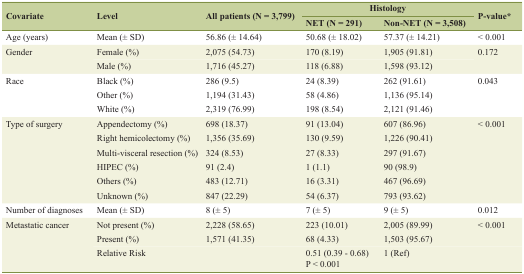
<table><thead><tr><td rowspan="2"><b>Covariate</b></td><td rowspan="2"><b>Level</b></td><td rowspan="2"><b>All patients (N = 3,799)</b></td><td colspan="2"><b>Histology</b></td><td rowspan="2"><b>P-value*</b></td></tr><tr><td><b>NET (N = 291)</b></td><td><b>Non-NET (N = 3,508)</b></td></tr></thead><tbody><tr><td>Age (years)</td><td>Mean (± SD)</td><td>56.86 (± 14.64)</td><td>50.68 (± 18.02)</td><td>57.37 (± 14.21)</td><td>&lt; 0.001</td></tr><tr><td rowspan="2">Gender</td><td>Female (%)</td><td>2,075 (54.73)</td><td>170 (8.19)</td><td>1,905 (91.81)</td><td rowspan="2">0.172</td></tr><tr><td>Male (%)</td><td>1,716 (45.27)</td><td>118 (6.88)</td><td>1,598 (93.12)</td></tr><tr><td rowspan="3">Race</td><td>Black (%)</td><td>286 (9.5)</td><td>24 (8.39)</td><td>262 (91.61)</td><td rowspan="3">0.043</td></tr><tr><td>Other (%)</td><td>1,194 (31.43)</td><td>58 (4.86)</td><td>1,136 (95.14)</td></tr><tr><td>White (%)</td><td>2,319 (76.99)</td><td>198 (8.54)</td><td>2,121 (91.46)</td></tr><tr><td rowspan="6">Type of surgery</td><td>Appendectomy (%)</td><td>698 (18.37)</td><td>91 (13.04)</td><td>607 (86.96)</td><td>&lt; 0.001</td></tr><tr><td>Right hemicolectomy (%)</td><td>1,356 (35.69)</td><td>130 (9.59)</td><td>1,226 (90.41)</td><td></td></tr><tr><td>Multi-visceral resection (%)</td><td>324 (8.53)</td><td>27 (8.33)</td><td>297 (91.67)</td><td></td></tr><tr><td>HIPEC (%)</td><td>91 (2.4)</td><td>1 (1.1)</td><td>90 (98.9)</td><td></td></tr><tr><td>Others (%)</td><td>483 (12.71)</td><td>16 (3.31)</td><td>467 (96.69)</td><td></td></tr><tr><td>Unknown (%)</td><td>847 (22.29)</td><td>54 (6.37)</td><td>793 (93.62)</td><td></td></tr><tr><td>Number of diagnoses</td><td>Mean (± SD)</td><td>8 (± 5)</td><td>7 (± 5)</td><td>9 (± 5)</td><td>0.012</td></tr><tr><td rowspan="3">Metastatic cancer</td><td>Not present (%)</td><td>2,228 (58.65)</td><td>223 (10.01)</td><td>2,005 (89.99)</td><td>&lt; 0.001</td></tr><tr><td>Present (%)</td><td>1,571 (41.35)</td><td>68 (4.33)</td><td>1,503 (95.67)</td><td></td></tr><tr><td>Relative Risk</td><td></td><td>0.51 (0.39 - 0.68)P &lt; 0.001</td><td>1 (Ref)</td><td></td></tr></tbody></table>